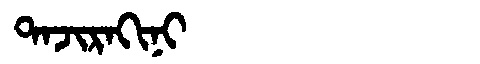
Manchu: ᡨᠠᠵᡳᡵᠠᡴᡳᠨᡳ
Romanization: TAJIRAKINI